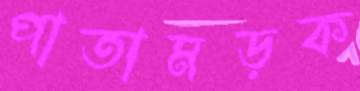
পাতামড়ক